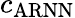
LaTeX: c_{\mathrm{ARNN}}